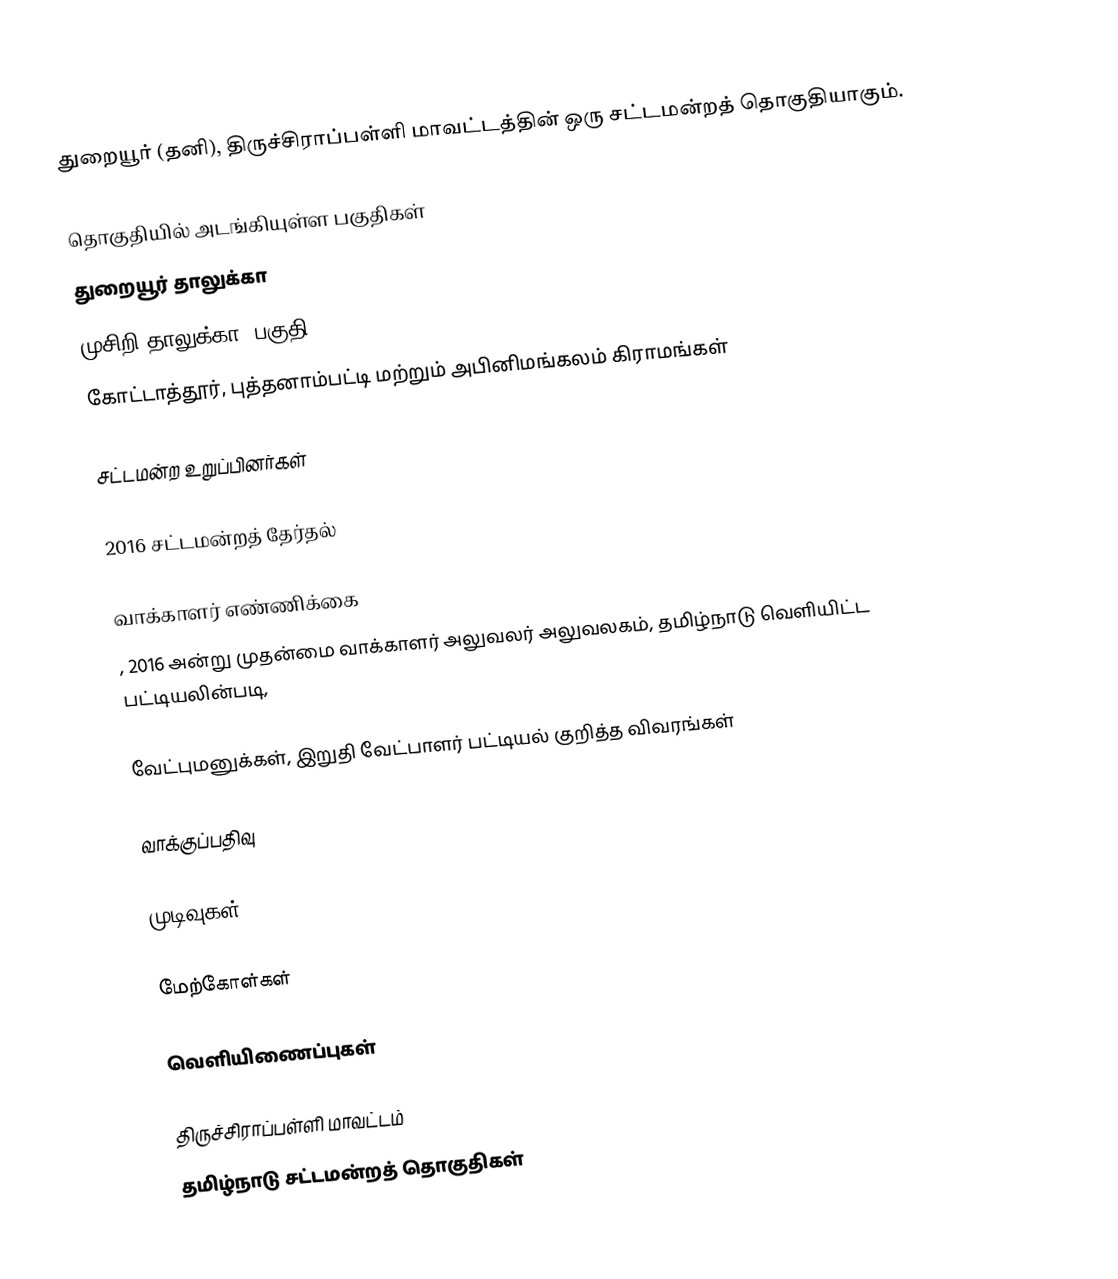
துறையூர் (தனி), திருச்சிராப்பள்ளி மாவட்டத்தின் ஒரு சட்டமன்றத் தொகுதியாகும்.

தொகுதியில் அடங்கியுள்ள பகுதிகள்
 துறையூர் தாலுக்கா
 முசிறி தாலுக்கா (பகுதி)
கோட்டாத்தூர், புத்தனாம்பட்டி மற்றும் அபினிமங்கலம் கிராமங்கள்

சட்டமன்ற உறுப்பினர்கள்

2016 சட்டமன்றத் தேர்தல்

வாக்காளர் எண்ணிக்கை
, 2016 அன்று முதன்மை வாக்காளர் அலுவலர் அலுவலகம், தமிழ்நாடு வெளியிட்ட பட்டியலின்படி,

வேட்புமனுக்கள், இறுதி வேட்பாளர் பட்டியல் குறித்த விவரங்கள்

வாக்குப்பதிவு

முடிவுகள்

மேற்கோள்கள்

வெளியிணைப்புகள்

திருச்சிராப்பள்ளி மாவட்டம்
தமிழ்நாடு சட்டமன்றத் தொகுதிகள்